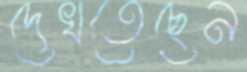
দেখতেছেন